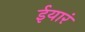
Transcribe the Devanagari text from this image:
ईयारं